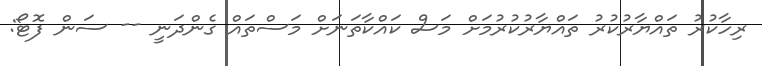
ރިހާކުރު ތައްޔާރުކުރު ތައްޔާރުކުރުމަށް މަސް ކައްކާތަނަށް މަސްތައް ގެންދަނީ -- ސަން ފޮޓޯ: